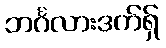
ဘင်္ဂလားဒက်ရှ်